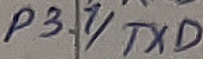
Text: P3.1/TXD